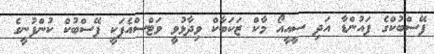
ފޭސްބުކްގެ ފައުންޑާ އަދި ސީއީއޯ މާކް ޒަކަބާކް ވިދާޅުވީ ވަޓްސްއެޕަކީ ފޭސްބުކް ކުންފުނީގެ